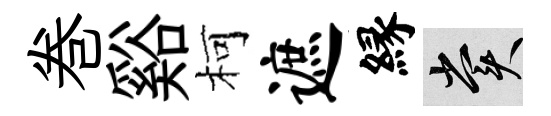
巻谿柯遮縁賞